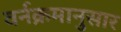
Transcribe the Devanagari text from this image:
वर्नक्रमानुसार